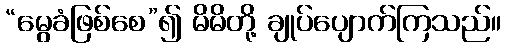
“မွေခံဖြစ်စေ”၍ မိမိတို့ ချုပ်ပျောက်ကြသည်။